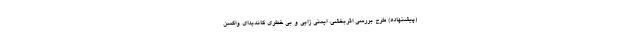
(پیشنهاده) طرح بررسی اثربخشی، ایمنی زایی و بی خطری کاندیدای واکسن